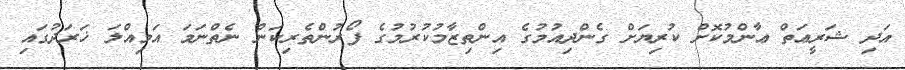
އަދި ޝަރީޢަތް ޢާންމުކޮށް ކުރިޔަށް ގެންދިއުމުގެ އިންތިޒާމުކުރުމުގެ ފޯރުންތެރިކަން ނެތްނަމަ އަމިއްލަ ޚަރަދުގައި